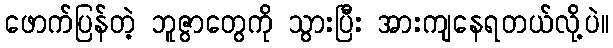
ဖောက်ပြန်တဲ့ ဘူဇွာတွေကို သွားပြီး အားကျနေရတယ်လို့ပဲ။